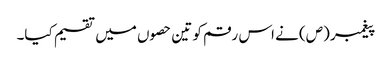
پیغمبر (ص) نے اس رقم کو تین حصوں میں تقسیم کیا۔